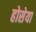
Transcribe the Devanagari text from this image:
होसेया